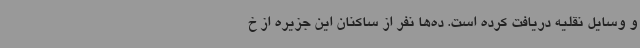
و وسایل نقلیه دریافت کرده است. ده‌ها نفر از ساکنان این جزیره از خ